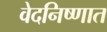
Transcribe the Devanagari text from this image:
वेदनिष्णात